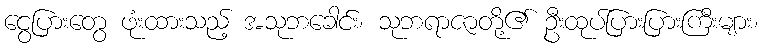
ငွေပြားတွေ ဖုံးထားသည့် အသုဘခေါင်း၊ သုဘရာဇာတို့၏ ဦးထုပ်ပြားပြားကြီးများ၊